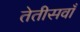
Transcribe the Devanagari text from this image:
तेतीसवाँ